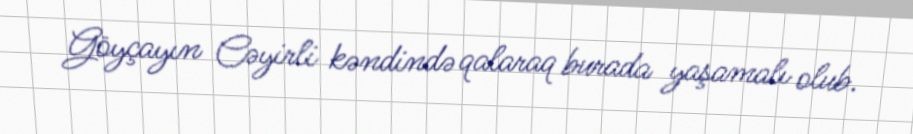
Göyçayın Cəyirli kəndində qalaraq burada yaşamalı olub.